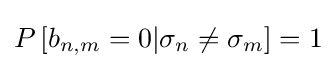
P\left[b_{n,m}=0|\sigma _{n}\neq \sigma _{m}\right]=1